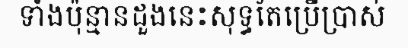
ទាំងប៉ុន្មានដួងនេះសុទ្ធតែប្រើប្រាស់